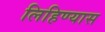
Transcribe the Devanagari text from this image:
लिहिण्‍यास